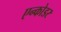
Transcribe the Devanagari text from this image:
एन्कोडर